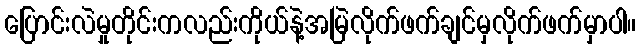
ပြောင်းလဲမှုတိုင်းကလည်းကိုယ်နဲ့အမြဲလိုက်ဖက်ချင်မှလိုက်ဖက်မှာပါ။